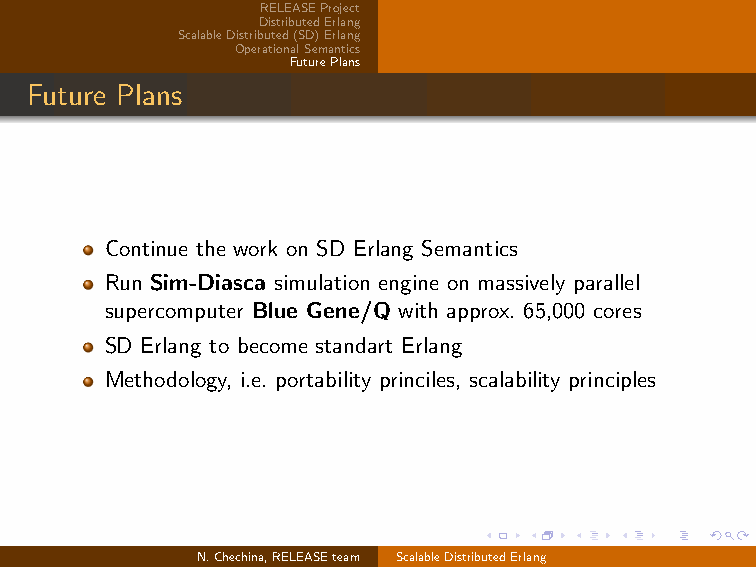
RELEASEProject
 DistributedErlang
 ScalableDistributed(SD)Erlang
 OperationalSemantics
 FuturePlans
 Future Plans
 Continue the work on SD Erlang Semantics
 Run Sim-Diasca simulation engine on massively parallel
 supercomputer Blue Gene/Q with approx. 65,000 cores
 SD Erlang to become standart Erlang
 Methodology, i.e. portability princiles, scalability principles
 N.Chechina,RELEASEteam ScalableDistributedErlang